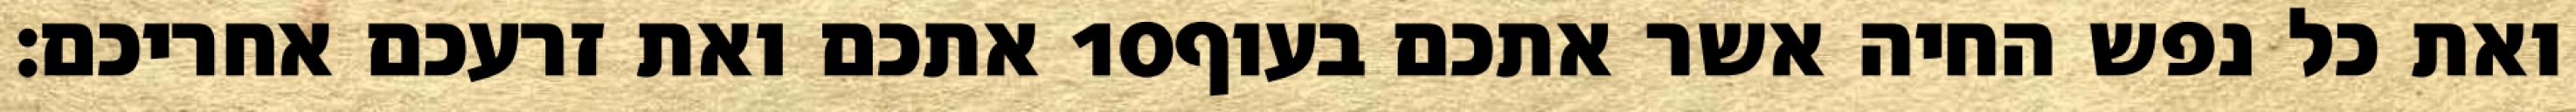
אתכם ואת זרעכם אחריכם׃ ‎10‏ ואת כל נפש החיה אשר אתכם בעוף